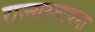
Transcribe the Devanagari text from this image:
राज्यस्थापना